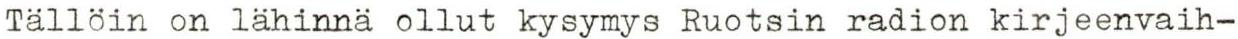
Tällöin on lähinnä ollut kysymys Ruotsin radion kirjeenvaih-